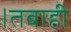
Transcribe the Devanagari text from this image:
।तबाही